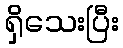
ရှိသေးပြီး